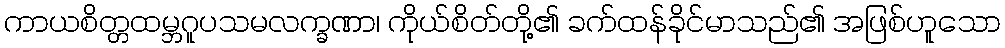
ကာယစိတ္တထမ္ဘဂူပသမလက္ခဏာ၊ ကိုယ်စိတ်တို့၏ ခက်ထန်ခိုင်မာသည်၏ အဖြစ်ဟူသော